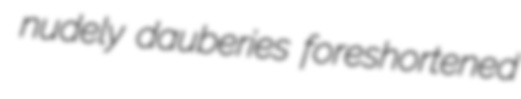
nudely dauberies foreshortened